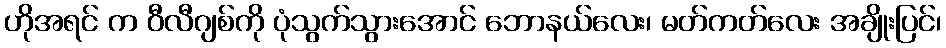
ဟိုအရင် က ဝီလီဂျစ်ကို ပုံသွက်သွားအောင် ဘောနယ်လေး၊ မတ်ကတ်လေး အချိုးပြင်၊